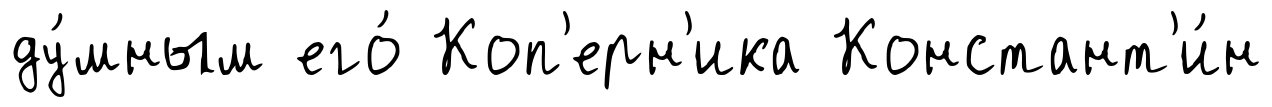
ду́мным его́ Коп'ерн'ика Констант'и́н